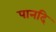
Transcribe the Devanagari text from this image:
पानदि